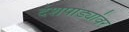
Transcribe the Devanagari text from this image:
देशपांड्यांवर